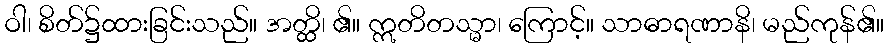
ဝါ၊ စိတ်၌ထားခြင်းသည်။ အတ္ထိ၊ ၏။ ဣတိတသ္မာ၊ ကြောင့်။ သာဓာရဏာနိ၊ မည်ကုန်၏။